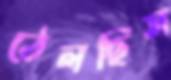
ঠেলছিস